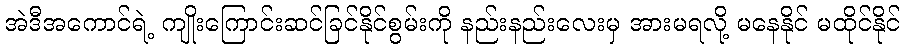
အဲဒီအကောင်ရဲ့ ကျိုးကြောင်းဆင်ခြင်နိုင်စွမ်းကို နည်းနည်းလေးမှ အားမရလို့ မနေနိုင် မထိုင်နိုင်